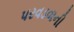
પરવડવાની